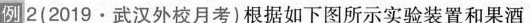
例2(2019·武汉外校月考)根据如下图所示实验装置和果酒